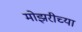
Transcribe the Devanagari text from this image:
मोझरीच्या